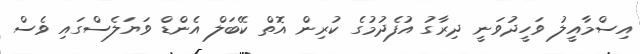
އިސްމާއީލު ވަހީދުވަނީ ދިރާގު އުފެދުމުގެ ކުރިން އޮތް ކޭބަލް އެންޑް ވަޔަލެސްގައި ވެސް